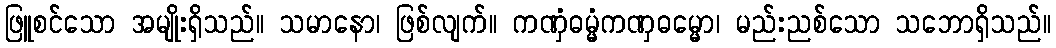
ဖြူစင်သော အမျိုးရှိသည်။ သမာနော၊ ဖြစ်လျက်။ ကဏှံဓမ္မံကဏှဓမ္မော၊ မည်းညစ်သော သဘောရှိသည်။